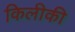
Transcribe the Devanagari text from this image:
किलीकी